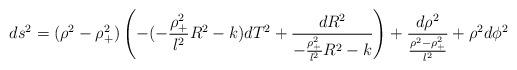
LaTeX: \begin{align*}ds^2 = (\rho^2-\rho^2_+)\left( -(-\frac{\rho^2_+}{l^2}R^2-k) dT^2 + \frac{dR^2}{-\frac{\rho^2_+}{l^2}R^2-k}\right)+ \frac{d\rho^2}{\frac{\rho^2-\rho^2_+}{l^2}} + \rho^2 d\phi^2\end{align*}